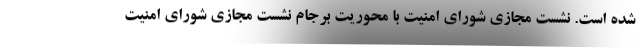
شده است. نشست مجازی شورای امنیت با محوریت برجام نشست مجازی شورای امنیت